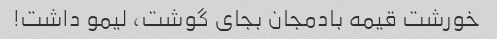
خورشت قیمه بادمجان بجای گوشت، لیمو داشت!